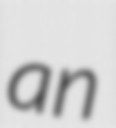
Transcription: an